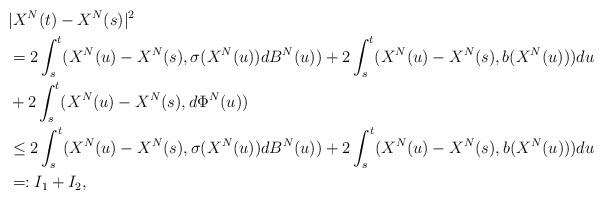
LaTeX: \begin{align*} \lefteqn{|X^N(t)-X^N(s)|^2}\\&=2\int_s^t(X^N(u)-X^N(s),\sigma(X^N(u))dB^N(u))+2\int_s^t(X^N(u)-X^N(s),b(X^N(u)))du\\&+2\int_s^t(X^N(u)-X^N(s), d\Phi^N(u))\\&\le2\int_s^t(X^N(u)-X^N(s),\sigma(X^N(u))dB^N(u))+2\int_s^t(X^N(u)-X^N(s),b(X^N(u)))du \\& =:I_1+I_2,\end{align*}